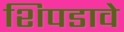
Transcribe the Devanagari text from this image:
शिपडावे